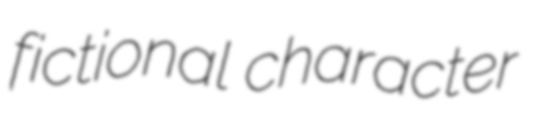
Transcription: fictional character